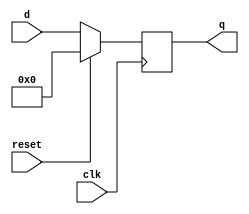
`timescale 1ns / 1ps
//////////////////////////////////////////////////////////////////////////////////
// Company: 
// Engineer: 
// 
// Design Name: 
// Module Name: Eight_bit_register
// Project Name: 
// Target Devices: 
// Tool Versions: 
// Description: 
// 
// Dependencies: 
// 
// Revision:
// Revision 0.01 - File Created
// Additional Comments:
// 
//////////////////////////////////////////////////////////////////////////////////


module Eight_bit_register(input clk, input reset, input[3:0]d, output reg [3:0] q);
    always@(posedge clk)
        if(reset) q <= 4'b0;
        else q <= d;
endmodule